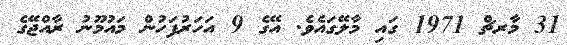
31 މާރޗް 1971 ގައި މާލޭގައެވެ. އޭގެ 9 އަހަރުފަހުން މައުމޫނު ރާއްޖޭގެ